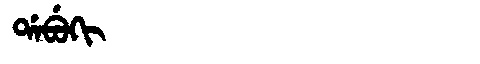
Manchu: ᡩᠠᠪᡠᡴᡳ
Romanization: DABUKI